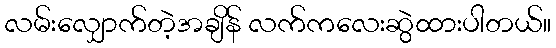
လမ်းလျှောက်တဲ့အချိန် လက်ကလေးဆွဲထားပါတယ်။